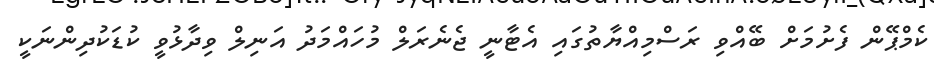
ކެމްޕޭން ފެށުމަށް ބޭއްވި ރަސްމިއްޔާތުގައި އެޓާނީ ޖެނެރަލް މުހައްމަދު އަނިލް ވިދާޅުވީ ކުޑަކުދިންނަކީ